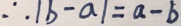
\therefore \vert b - a \vert = a - b